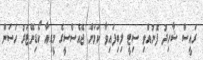
ރައީސް ޝާހިދު ފޮނުއްވި ސިޓީ ލިބިފައިވާ ކަމަށް ޖޭއެސްސީގެ މީޑިއާ ކޯޑިނޭޓަރު ހަސަން